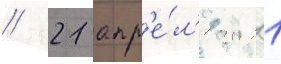
// 21 апр'е́л'я 2011